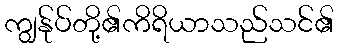
ကျွန်ုပ်တို့၏ကိရိယာသည်သင်၏